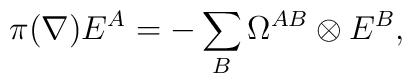
\pi(\nabla)E^A=-\sum_B\Omega^{AB}\otimes E^B,